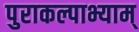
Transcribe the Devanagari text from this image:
पुराकल्पाभ्याम्